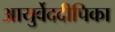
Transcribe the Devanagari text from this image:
आयुर्वेददीपिका